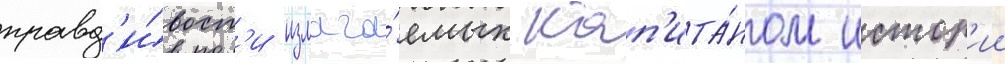
правд'и́вост'и излага́емых кап'ита́ном истор'ии